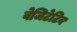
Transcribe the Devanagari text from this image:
वेजिटेटिव